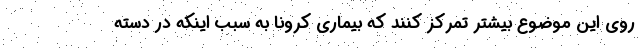
روی این موضوع بیشتر تمرکز کنند که بیماری کرونا به سبب اینکه در دسته